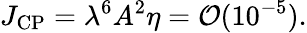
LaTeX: J_{\mathrm{CP}}=\lambda^{6}A^{2}\eta={\cal O}(10^{-5}).